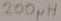
Text: 200µH